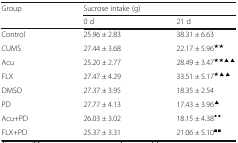
<table><thead><tr><td rowspan="2"><b>Group</b></td><td colspan="2"><b>Sucrose intake (g)</b></td></tr><tr><td><b>0 d</b></td><td><b>21 d</b></td></tr></thead><tbody><tr><td>Control</td><td>25.96 ± 2.83</td><td>38.31 ± 6.63</td></tr><tr><td>CUMS</td><td>27.44 ± 3.68</td><td>22.17 ± 5.96<sup>★★</sup></td></tr><tr><td>Acu</td><td>25.20 ± 2.77</td><td>28.49 ± 3.47<sup>★★▲▲</sup></td></tr><tr><td>FLX</td><td>27.47 ± 4.29</td><td>33.51 ± 5.17<sup>★▲▲</sup></td></tr><tr><td>DMSO</td><td>27.37 ± 3.95</td><td>18.35 ± 2.54</td></tr><tr><td>PD</td><td>27.77 ± 4.13</td><td>17.43 ± 3.96<sup>▲</sup></td></tr><tr><td>Acu+PD</td><td>26.03 ± 3.02</td><td>18.15 ± 4.38<sup>◆◆</sup></td></tr><tr><td>FLX+PD</td><td>25.37 ± 3.31</td><td>21.06 ± 5.10<sup>■■</sup></td></tr></tbody></table>